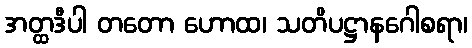
အတ္ထဒီပါ တတော ဟောထ၊ သတိပဋ္ဌာနဂေါစရာ၊